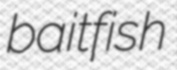
baitfish